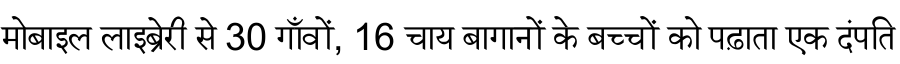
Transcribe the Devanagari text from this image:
मोबाइल लाइब्रेरी से 30 गाँवों, 16 चाय बागानों के बच्चों को पढ़ाता एक दंपति